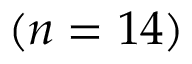
( n = 1 4 )